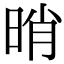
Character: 𣆺